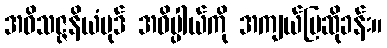
အဝိသဇ္ဇနိယံပုဒ် အဓိပ္ပါယ်ကို အကျယ်ပြဆိုခန်း။